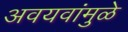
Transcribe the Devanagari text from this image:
अवयवांमुळे